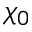
\chi _ { 0 }